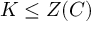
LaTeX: K \leq Z ( C )